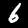
Label: 6